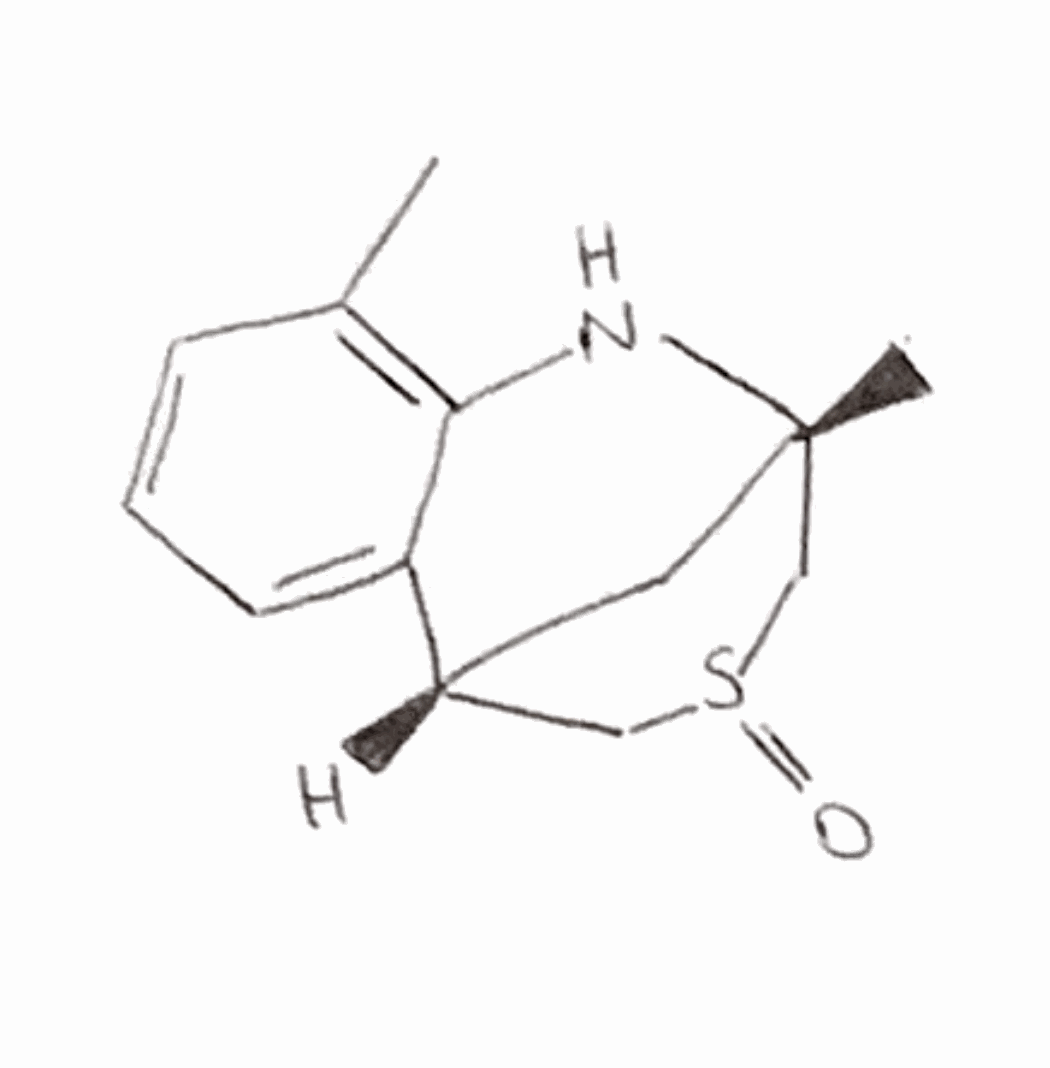
Simplified molecular-input line-entry system (SMILES) notation of the given molecule:
CC1=C2C(=CC=C1)[C@@H]3C[C@](N2)(CS(=O)C3)C